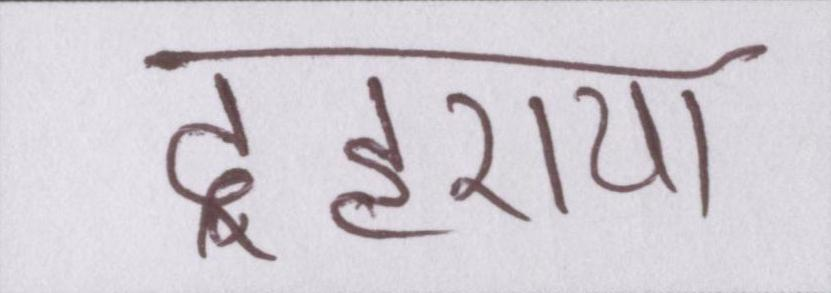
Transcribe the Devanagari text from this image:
दुहराया